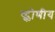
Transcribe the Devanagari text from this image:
ष्ट्कोणीय